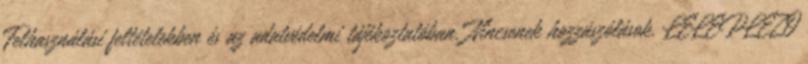
Felhasználási feltételekben és az adatvédelmi tájékoztatóban. Nincsenek hozzászólások. LELEPLEZŐ